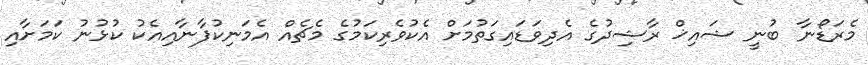
މެރަޑޯނާ ބުނީ ޝައިޚް ރާޝިދުގެ އެދިވަޑައިގަތުމަށް އެކުވެރިކަމުގެ މެޗެއް އެމަނިކުފާނާއިއެކު ކުޅުނު ކަމަށާއި